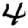
Digit: 4